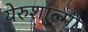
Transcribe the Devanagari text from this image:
येरुशाल्मी